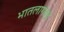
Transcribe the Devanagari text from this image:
भातलागवड